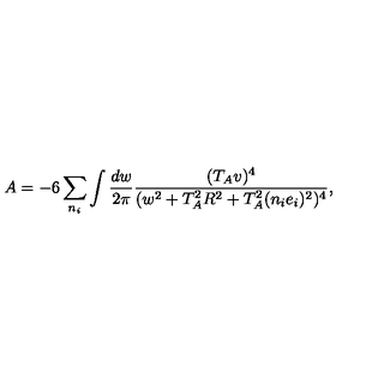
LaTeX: A = - 6 \sum _ { n _ { i } } \int \frac { d w } { 2 \pi } \frac { ( T _ { A } v ) ^ { 4 } } { ( w ^ { 2 } + T _ { A } ^ { 2 } R ^ { 2 } + T _ { A } ^ { 2 } ( n _ { i } e _ { i } ) ^ { 2 } ) ^ { 4 } } ,